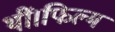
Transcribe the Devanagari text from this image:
थीं।फिल्म